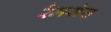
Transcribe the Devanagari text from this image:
रैमसेस